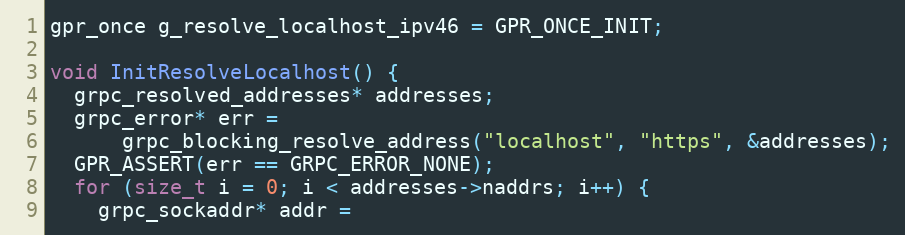
Language: C++
gpr_once g_resolve_localhost_ipv46 = GPR_ONCE_INIT;

void InitResolveLocalhost() {
  grpc_resolved_addresses* addresses;
  grpc_error* err =
      grpc_blocking_resolve_address("localhost", "https", &addresses);
  GPR_ASSERT(err == GRPC_ERROR_NONE);
  for (size_t i = 0; i < addresses->naddrs; i++) {
    grpc_sockaddr* addr =